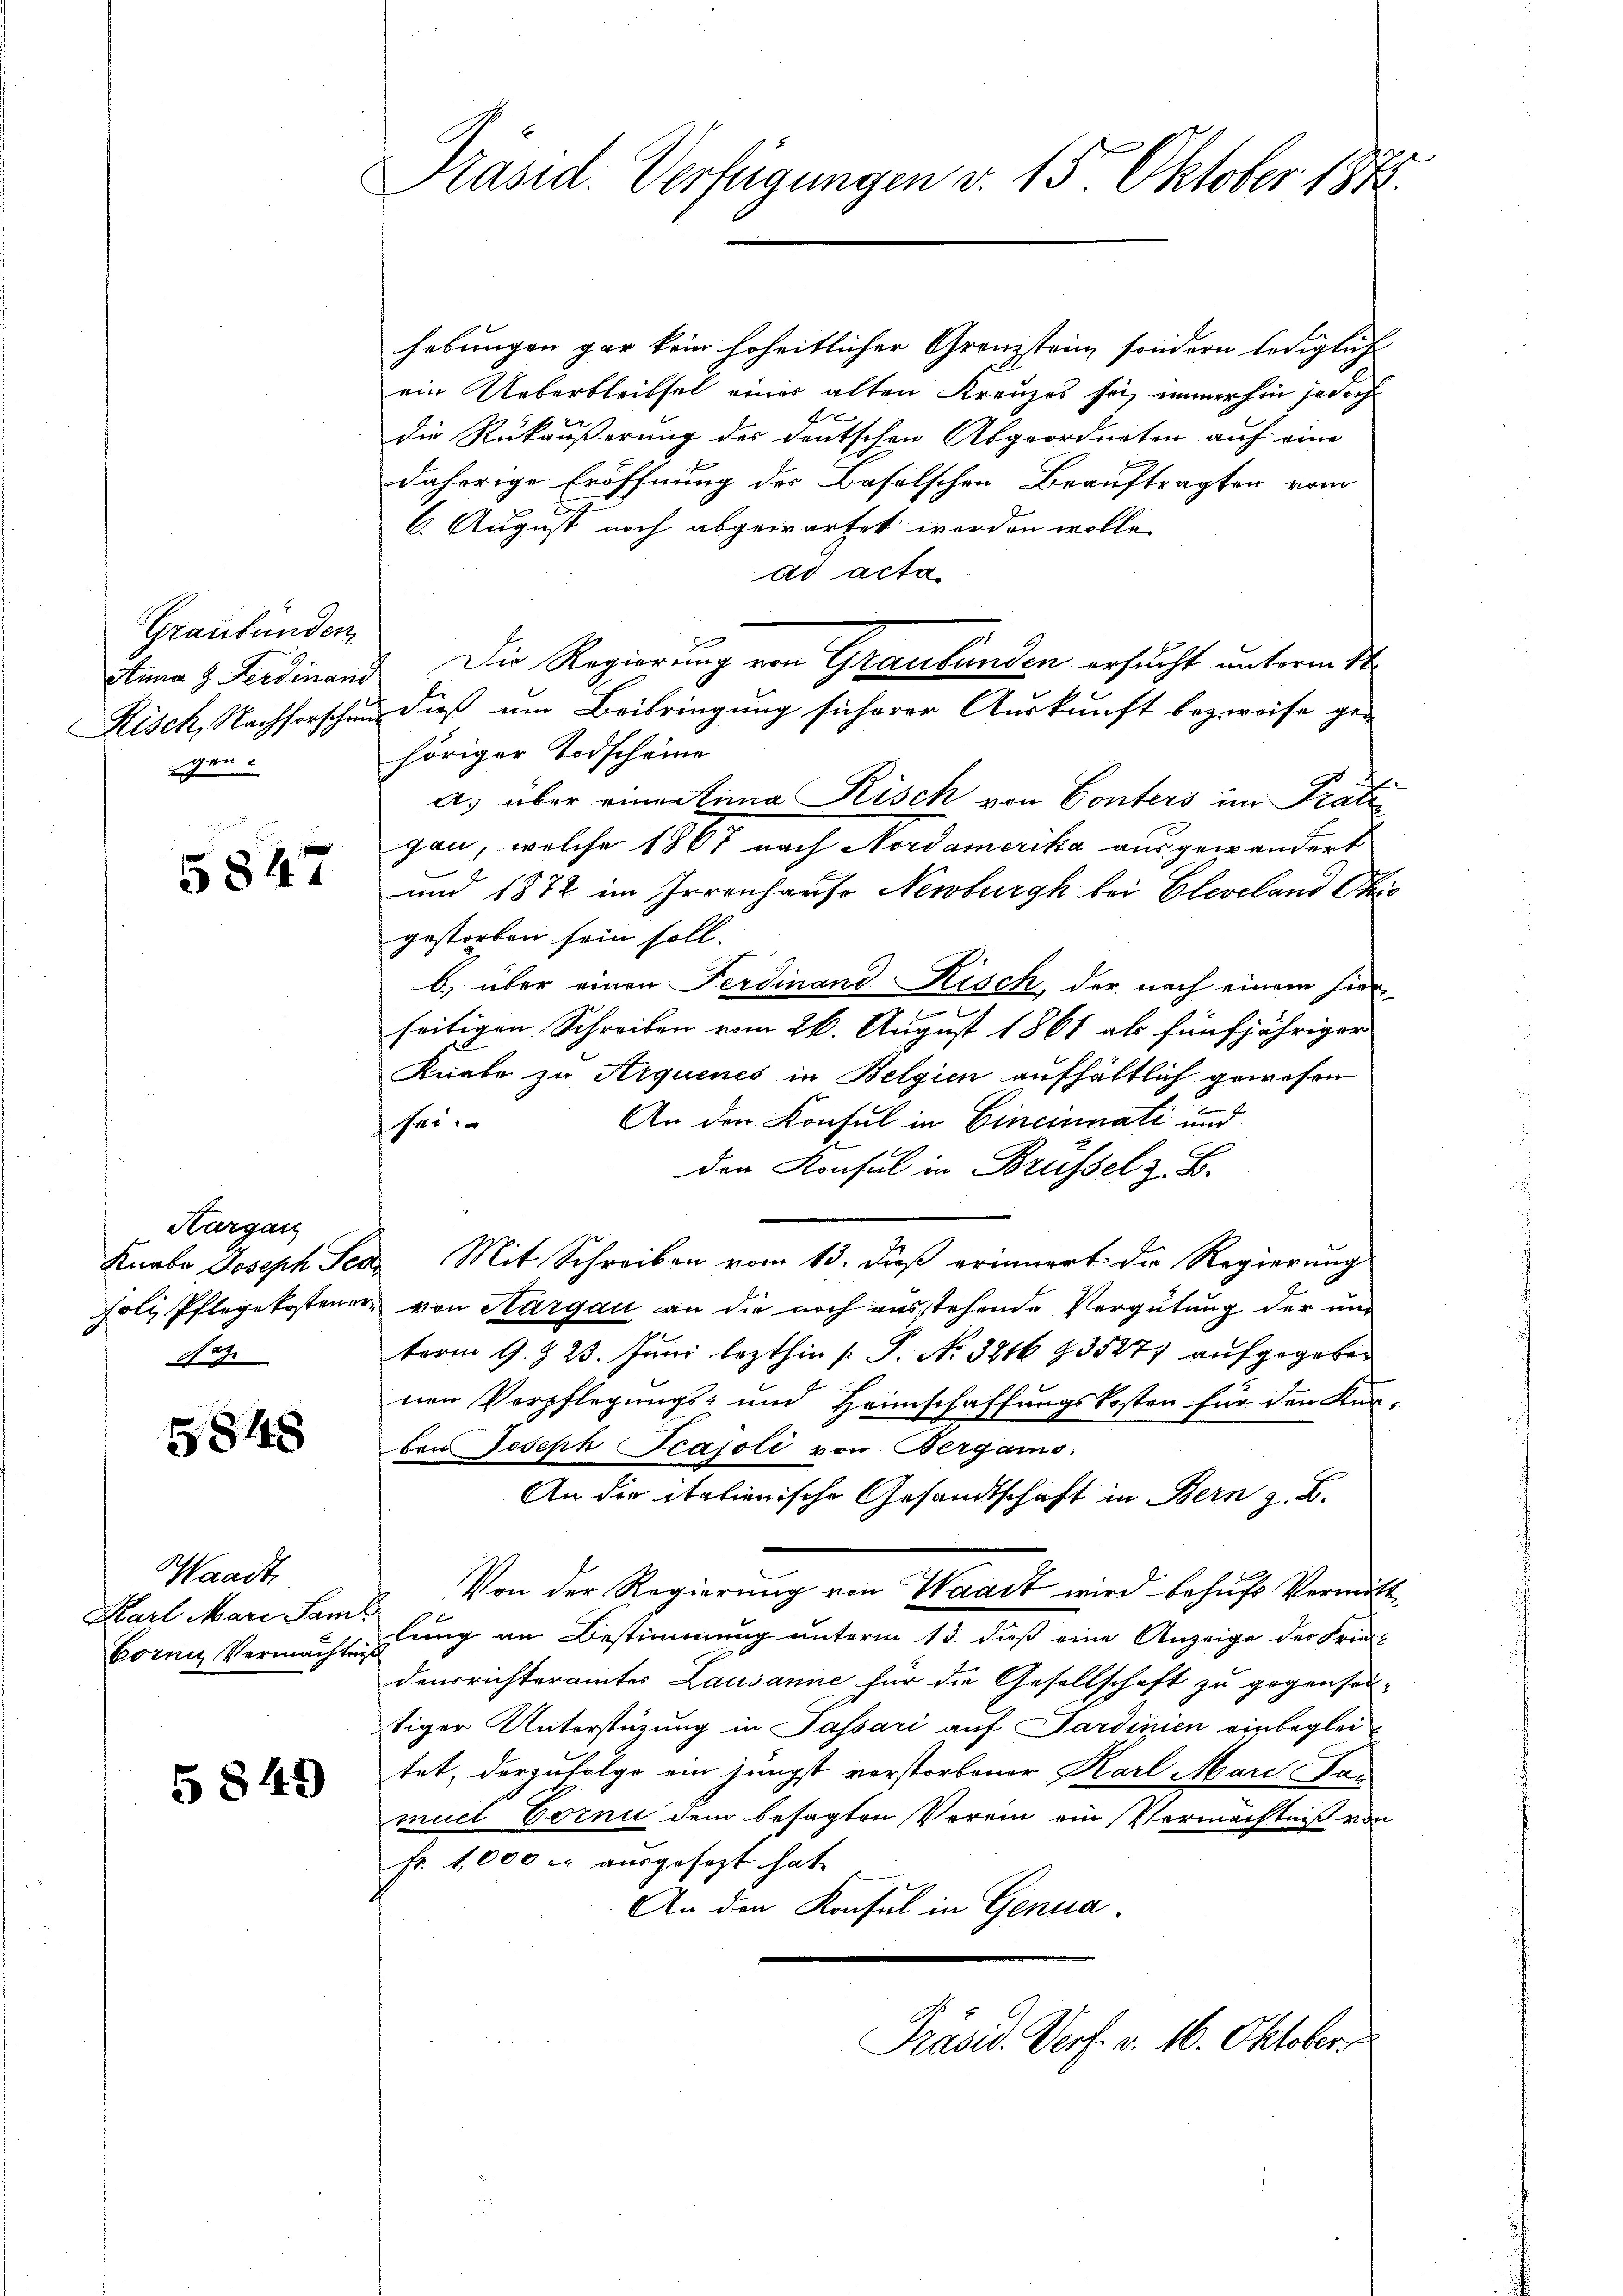
Graubünden,
Anna H. Ferdinand
Risch, Nachforschen
gen.

5847

Hargau
No 7.

5848

Waadt
Karl Mare Sam
Cornig Vermächte

5 849

Präsid. Verfügungen d. 15. Oktober 1874.

hebungen gar kein hoheitlicher Grenzstein sondern ledigliche
ein Ueberbleibsel einer alten Kreuzes sei, immerhin jedoch
die Rükäußerung des deutschen Abgeordneter auf eine
daherige Eröffnung des Baselschen Beauftragten vom
6. August noch abgewartet werden wolle.
ad acta
). Die Regierung von Graubünden ersucht unterm 14.
dieß um Beibringung sicherer Auskunft bezweife ge-
höriger Todscheine
a) über ringetana Risch von Conters im Prati
gau, welche 1867 nach Nordamerika ausgewandert
und 1872 im Irrenhauso Newburgh bei Elevcland Chic
gestorben sein soll.
b) über einen Ferdinand Kisch, der nach einem hierseitigen Schreiben vom 26. August 1861 als fünfjähriger
Knabe zu Arquenes in Belgien aufhältlich gewesen
An den Konsul in Cincinnati und
fei
den Konsul in Brüssel z. B.
Knabe Joseph Jede Mit Schreiben vom 13. dieß erinnert die Regierung
oli Pflegekostener von Aargau an die noch ausstehende Vergütung der und
term 9. Z. 23. Juni lezthin [P. No. 3216 § 3527 aufgegeben
nen Verpflegungs- und Heimschaffungskosten für den Kan-
ben Joseph Peajoli von Bergans.
An die italienische Gesandtschaft in Bern z. B.
Von der Regierung von Waadt wird behufs Vermitte
lung an Bestimmung unterm 15. daß eine Anzeige der Friedausrichteramtes Lausanne für die Gesellschaft zu gegensadtiger Unterstützung in Passari auf Sardinien einbeglei
tet, derzufolge ein jüngst verstorbener Karl Mord San
muel Torni dem besagten Verein ein Vermächtniß von
Fr. 1,000 M ausgesezt hat,
An den Konsul in Genua

Präsid. Porf. v. 16. Oktober